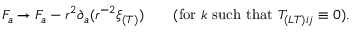
F _ { a } \to F _ { a } - r ^ { 2 } \partial _ { a } ( r ^ { - 2 } \xi _ { ( T ) } ) \qquad ( \mathrm { f o r } \ k \ \mathrm { s u c h ~ t h a t } \ T _ { ( L T ) i j } \equiv 0 ) .